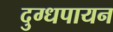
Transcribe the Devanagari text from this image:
दुग्धपायन